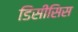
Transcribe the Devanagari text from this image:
डिसीसिस